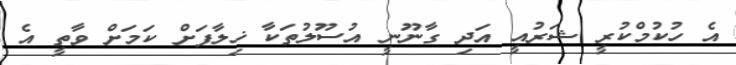
އެ ހުކުމްކުރީ ޝަރުއީ އަދި ގާނޫނީ އުސޫލުތަކާ ޚިލާފަށް ކަމަށް ވާތީ އެ